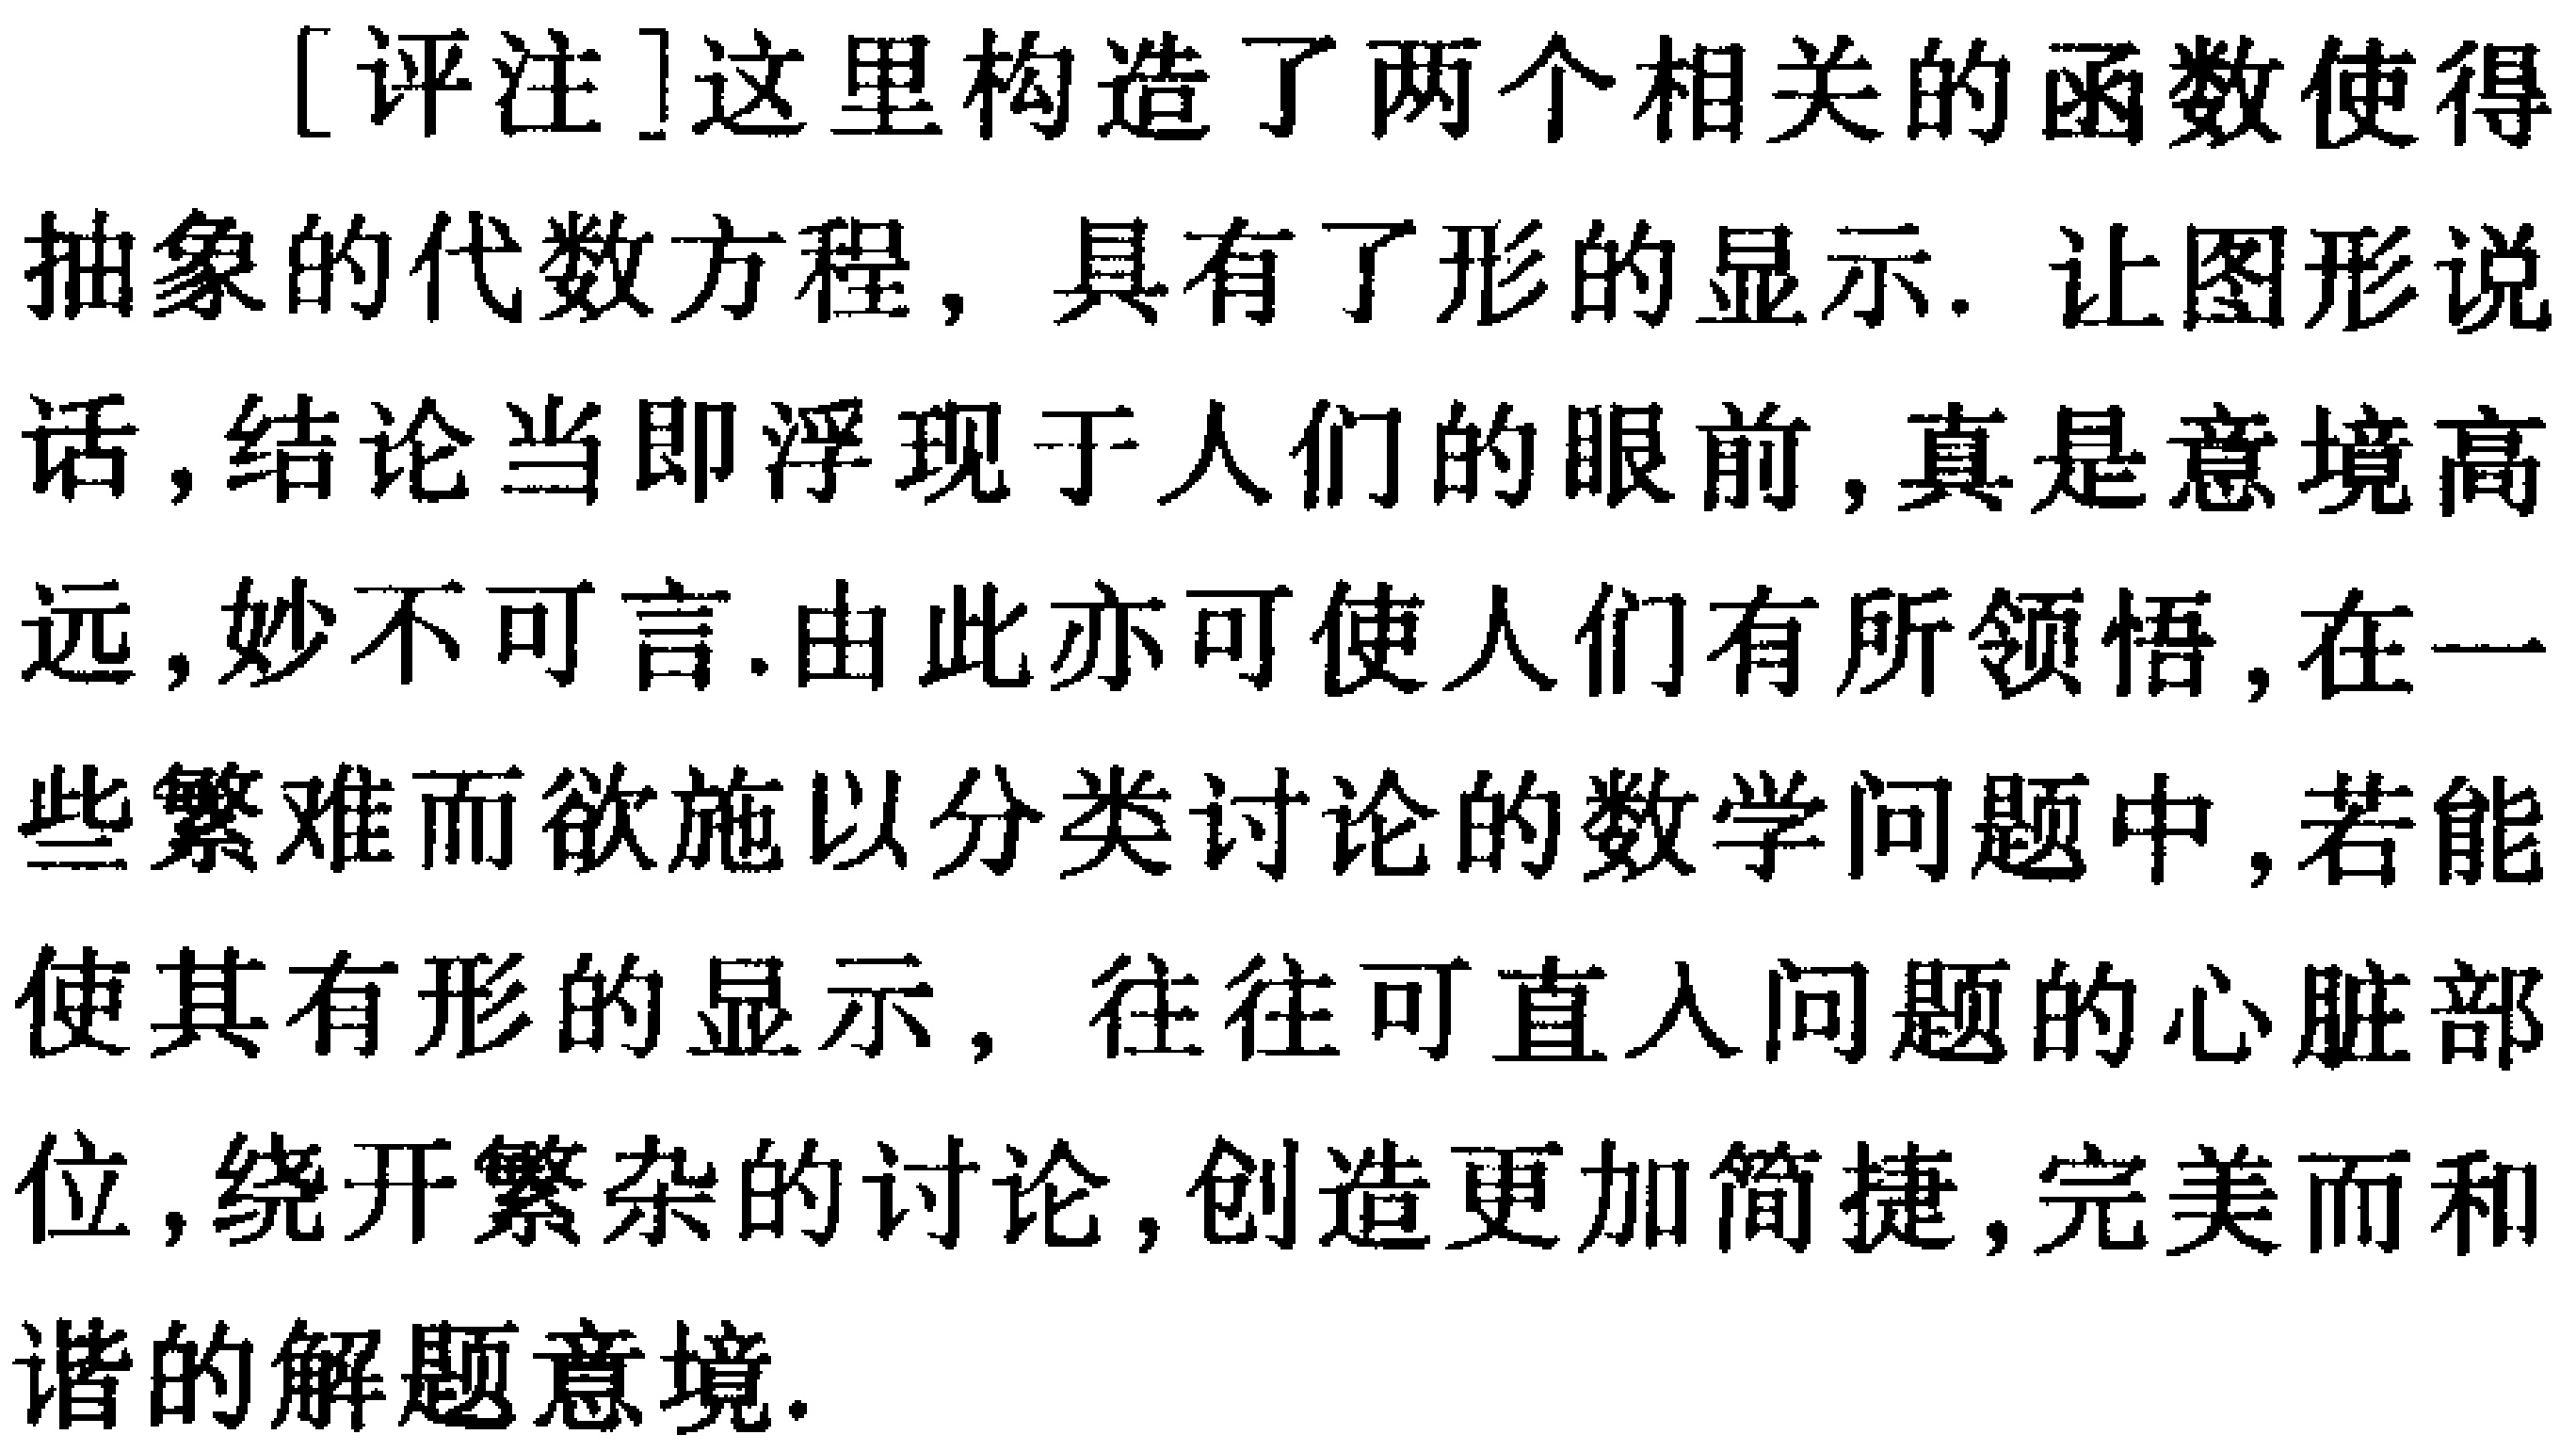
[评注]这里构造了两个相关的函数使得抽象的代数方程，具有了形的显示. 让图形说话,结论当即浮现于人们的眼前,真是意境高远,妙不可言.由此亦可使人们有所领悟,在一些繁难而欲施以分类讨论的数学问题中,若能使其有形的显示，往往可直入问题的心脏部位,绕开繁杂的讨论,创造更加简捷,完美而和谐的解题意境.